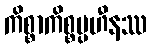
ကိစ္စာကိစ္စပ္ပဟီနဿ